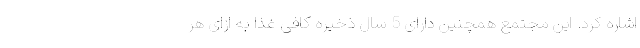
اشاره کرد. این مجتمع همچنین دارای 5 سال ذخیره کافی غذا به ازای هر